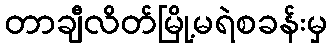
တာချီလိတ်မြို့မရဲစခန်းမှ